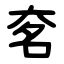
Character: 㚚